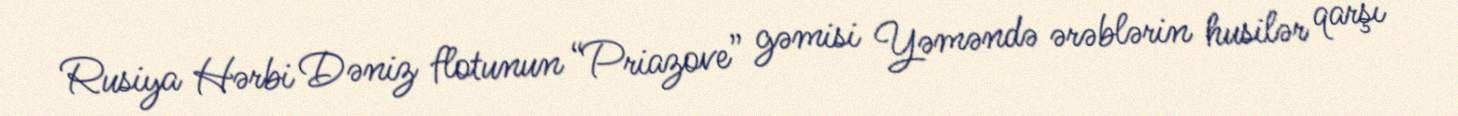
Rusiya Hərbi Dəniz flotunun “Priazove” gəmisi Yəməndə ərəblərin husilər qarşı